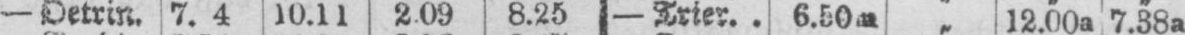
10.11 2.09 8.25 - Trier.. 6.50m „ 12.00a 7.38a